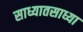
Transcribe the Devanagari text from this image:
साध्यातसाध्या